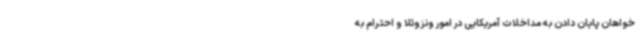
خواهان پایان دادن به مداخلات آمریکایی در امور ونزوئلا و احترام به